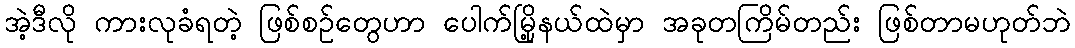
အဲ့ဒီလို ကားလုခံရတဲ့ ဖြစ်စဥ်တွေဟာ ပေါက်မြို့နယ်ထဲမှာ အခုတကြိမ်တည်း ဖြစ်တာမဟုတ်ဘဲ